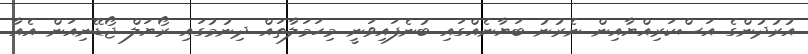
އުރުދުންގެ އަސްކަރިއްޔާއިން ނެރުނު ބަޔާނެއްގައި ބުނެފައިވަނީ މިހަމަލާތައް ދިނުމުގައި ރޯޔަލް ޖޯޑޭނިއަން އެއާ